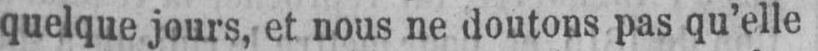
quelque jours, et nous ne doutons pas qu’elle